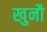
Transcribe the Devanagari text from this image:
खुनौ